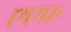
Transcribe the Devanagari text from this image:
एएफ़